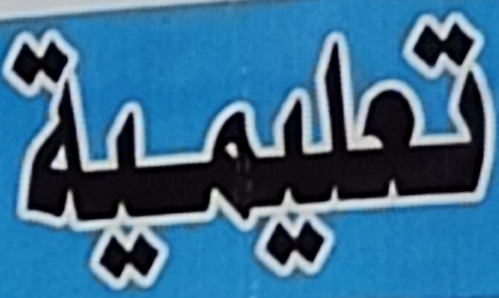
تعليمية